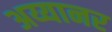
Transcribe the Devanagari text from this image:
अय्यानर